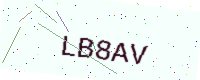
Text: LB8AV